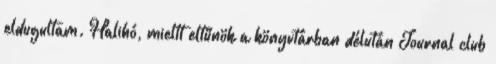
eldugultam. Halihó, mieltt eltűnök a könyvtárban délután Journal club